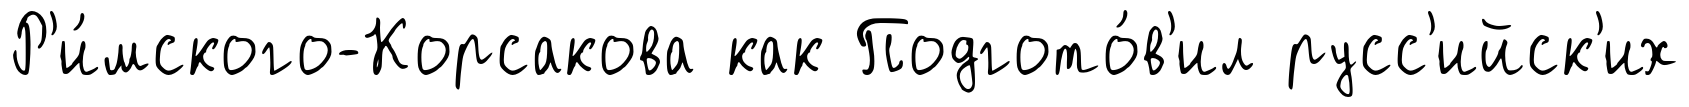
Р'и́мского-Корсакова как Подгото́в'ил русс'ийск'их